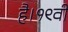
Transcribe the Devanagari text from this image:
है।१९वीं